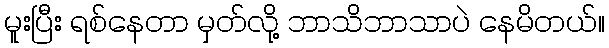
မူးပြီး ရစ်နေတာ မှတ်လို့ ဘာသိဘာသာပဲ နေမိတယ်။